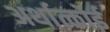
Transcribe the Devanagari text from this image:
अर्थात्कोई